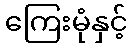
ကြေးမုံနှင့်